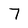
Character: 7